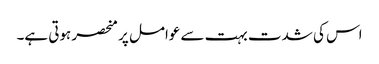
اس کی شدت بہت سے عوامل پر منحصر ہوتی ہے۔